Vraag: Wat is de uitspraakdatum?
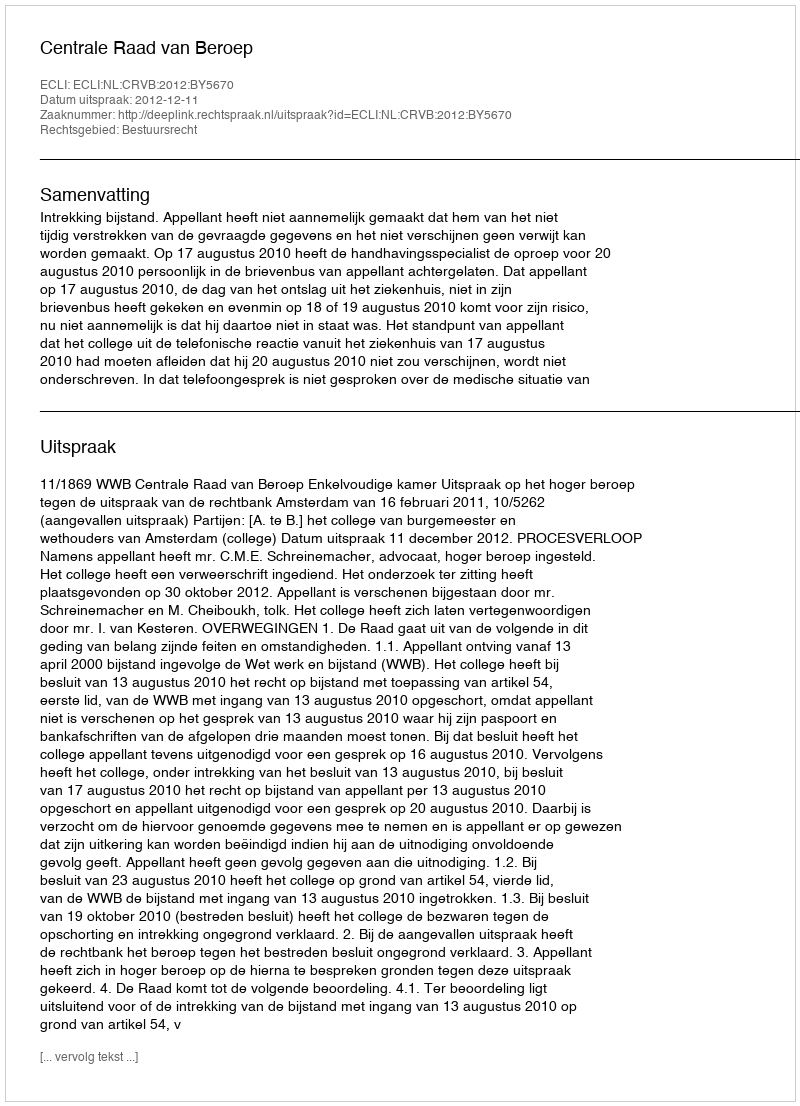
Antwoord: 2012-12-11